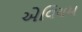
એવિયમ